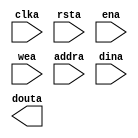
module looper_dmemory(
	clka,
	rsta,
	ena,
	wea,
	addra,
	dina,
	douta);


input clka;
input rsta;
input ena;
input [0 : 0] wea;
input [13 : 0] addra;
input [63 : 0] dina;
output [63 : 0] douta;

// synthesis translate_off

      BLK_MEM_GEN_V4_2 #(
		.C_ADDRA_WIDTH(14),
		.C_ADDRB_WIDTH(14),
		.C_ALGORITHM(1),
		.C_BYTE_SIZE(9),
		.C_COMMON_CLK(0),
		.C_DEFAULT_DATA("0"),
		.C_DISABLE_WARN_BHV_COLL(0),
		.C_DISABLE_WARN_BHV_RANGE(0),
		.C_FAMILY("virtex5"),
		.C_HAS_ENA(1),
		.C_HAS_ENB(0),
		.C_HAS_INJECTERR(0),
		.C_HAS_MEM_OUTPUT_REGS_A(0),
		.C_HAS_MEM_OUTPUT_REGS_B(0),
		.C_HAS_MUX_OUTPUT_REGS_A(0),
		.C_HAS_MUX_OUTPUT_REGS_B(0),
		.C_HAS_REGCEA(0),
		.C_HAS_REGCEB(0),
		.C_HAS_RSTA(1),
		.C_HAS_RSTB(0),
		.C_HAS_SOFTECC_INPUT_REGS_A(0),
		.C_HAS_SOFTECC_OUTPUT_REGS_B(0),
		.C_INITA_VAL("0"),
		.C_INITB_VAL("0"),
		.C_INIT_FILE_NAME("no_coe_file_loaded"),
		.C_LOAD_INIT_FILE(0),
		.C_MEM_TYPE(0),
		.C_MUX_PIPELINE_STAGES(0),
		.C_PRIM_TYPE(1),
		.C_READ_DEPTH_A(16384),
		.C_READ_DEPTH_B(16384),
		.C_READ_WIDTH_A(64),
		.C_READ_WIDTH_B(64),
		.C_RSTRAM_A(0),
		.C_RSTRAM_B(0),
		.C_RST_PRIORITY_A("CE"),
		.C_RST_PRIORITY_B("CE"),
		.C_RST_TYPE("SYNC"),
		.C_SIM_COLLISION_CHECK("ALL"),
		.C_USE_BYTE_WEA(0),
		.C_USE_BYTE_WEB(0),
		.C_USE_DEFAULT_DATA(0),
		.C_USE_ECC(0),
		.C_USE_SOFTECC(0),
		.C_WEA_WIDTH(1),
		.C_WEB_WIDTH(1),
		.C_WRITE_DEPTH_A(16384),
		.C_WRITE_DEPTH_B(16384),
		.C_WRITE_MODE_A("WRITE_FIRST"),
		.C_WRITE_MODE_B("WRITE_FIRST"),
		.C_WRITE_WIDTH_A(64),
		.C_WRITE_WIDTH_B(64),
		.C_XDEVICEFAMILY("virtex5"))
	inst (
		.CLKA(clka),
		.RSTA(rsta),
		.ENA(ena),
		.WEA(wea),
		.ADDRA(addra),
		.DINA(dina),
		.DOUTA(douta),
		.REGCEA(),
		.CLKB(),
		.RSTB(),
		.ENB(),
		.REGCEB(),
		.WEB(),
		.ADDRB(),
		.DINB(),
		.DOUTB(),
		.INJECTSBITERR(),
		.INJECTDBITERR(),
		.SBITERR(),
		.DBITERR(),
		.RDADDRECC());


// synthesis translate_on

endmodule